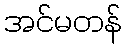
အင်မတန်